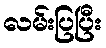
လမ်းပြပြီး